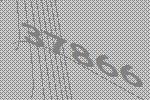
37866